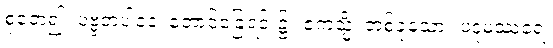
စုတေ၍။ ပဗ္ဗတပါဒေ၊ တောင်ခြေရင်း၌။ ဧကသ္မိံ၊ တစ်ခုသော။ ပဒုမဿရေ၊